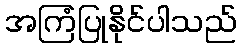
အကြံပြုနိုင်ပါသည်